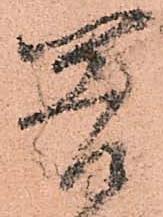
閣